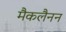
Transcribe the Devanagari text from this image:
मैकलैनन